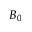
B _ { 0 }